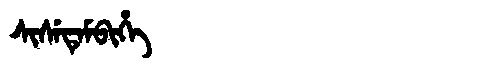
Manchu: ᠰᡳᠰᡝᡨᡝᠮᠪᡳᡥᡝ
Romanization: SISETEMBIHE